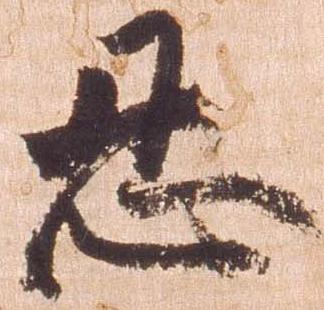
忍